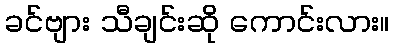
ခင်ဗျား သီချင်းဆို ကောင်းလား။